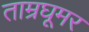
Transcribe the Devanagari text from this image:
ताम्रघूमर